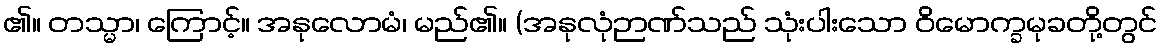
၏။ တသ္မာ၊ ကြောင့်။ အနုလောမံ၊ မည်၏။ (အနုလုံဉာဏ်သည် သုံးပါးသော ဝိမောက္ခမုခတို့တွင်